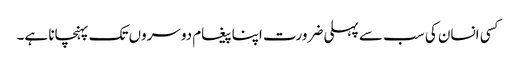
کسی انسان کی سب سے پہلی ضرورت اپنا پیغام دوسروں تک پہنچانا ہے۔